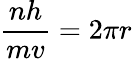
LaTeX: {\frac{nh}{mv}}=2\pi r